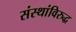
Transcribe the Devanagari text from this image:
संस्थांविरुद्ध